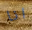
انا